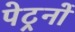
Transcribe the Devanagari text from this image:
पेट्रनों